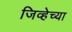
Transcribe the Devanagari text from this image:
जिव्हेच्या